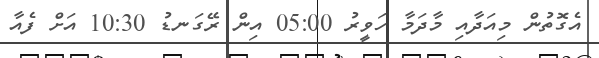
އެގޮތުން މިއަދާއި މާދަމާ ހަވީރު 05:00 އިން ރޭގަނޑު 10:30 އަށް ފެއާ